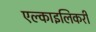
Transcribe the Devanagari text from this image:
एल्काइलिकरी